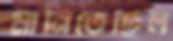
মানিতেছিল